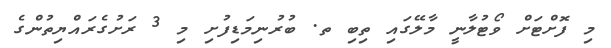
މި ފޮށްޓަށް ވޯޓުލާނީ މާލޭގައި ތިބި ތ. ބުރުނިމަޑިފުށި މި 3 ރަށުގެރައްޔިތުންގެ